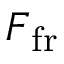
\boldsymbol { F } _ { \mathrm { f r } }